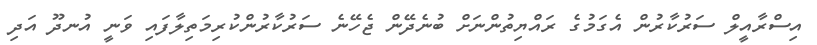
އިސްރާއީލް ސަރުކާރުން އެގަމުގެ ރައްޔިތުންނަށް ބުނެދޭން ޖެހޭނެ ސަރުކާރުންކުރިމަތިލާފައި ވަނީ އުނދޫ އަދި